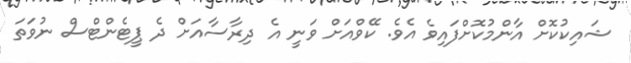
ޝައިކުކޮށް އާންމުކޮށްފައިވެ އެެވެ. ކޭވްއަށް ވަނީ އެ ދިރާސާއަށް ދެ ޕީޓެންޓްސް ނުވަތަ